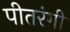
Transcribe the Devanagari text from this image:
पीतरंगी